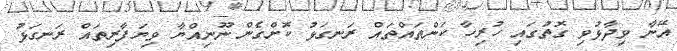
އޭނާ ވިދާޅުވި ގޮތުގައި ހުރިހާ ކަންތައްތައް ރަނގަޅު ކޮށްގެން ނޫނިއްޔާ ވިޔަފާރިތައް ރަނގަޅު